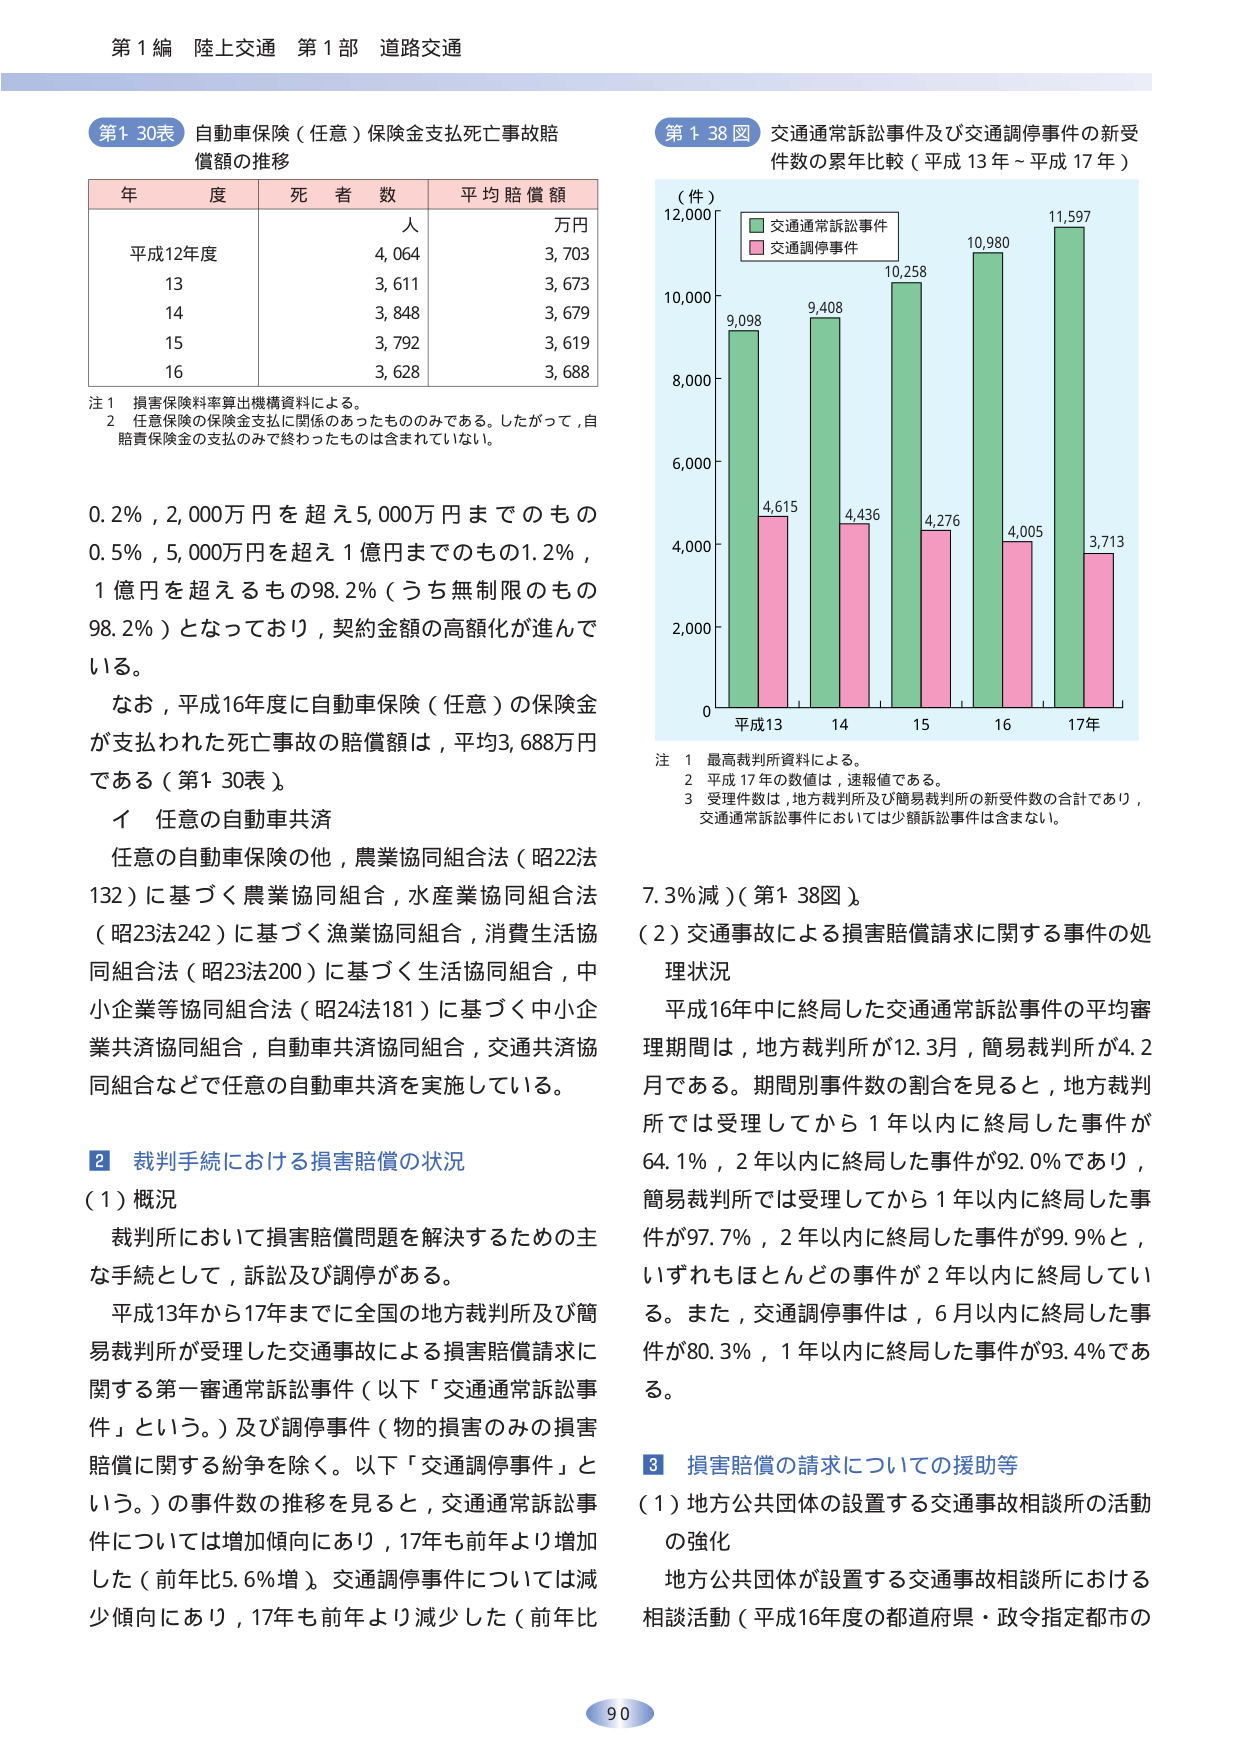
第１編 陸上交通 第１部 道路交通

第１３０表 自動車保険（任意）保険金支払死亡事故賠償額の推移

年 度 死 者 数 平均賠償額
　　　　　　　　　　　　　人 万円
平成12年度 4,064 3,703
13 3,611 3,673
14 3,848 3,679
15 3,792 3,619
16 3,628 3,688

注１ 損害保険料率算出機構資料による。
　２ 任意保険の保険金支払い関係のあったもののみである。したがって、自賠責保険金の支払いのみで終わったものは含まれていない。

0.2％，2,000万円を超え5,000万円までのもの
0.5％，5,000万円を超え1億円までのもの1.2％，
1億円を超えるもの98.2％（うち無制限のもの98.2％）となっており，契約金額の高額化が進んでいる。

なお，平成16年度に自動車保険（任意）の保険金が支払われた死亡事故の賠償額は，平均3,688万円である（第１３０表）。

イ 任意の自動車共済
任意の自動車保険の他，農業協同組合法（昭22法132）に基づく農業協同組合，水産業協同組合法（昭23法242）に基づく漁業協同組合，消費生活協同組合法（昭23法200）に基づく生活協同組合，中小企業等協同組合法（昭24法181）に基づく中小企業共済協同組合，自動車共済協同組合，交通共済協同組合などで任意の自動車共済を実施している。

２ 裁判手続における損害賠償の状況
（１）概況
裁判所において損害賠償問題を解決するための主な手続として，訴訟及び調停がある。

平成13年から17年までに全国の地方裁判所及び簡易裁判所が受理した交通事故による損害賠償請求に関する第一審通常訴訟事件（以下「交通通常訴訟事件」という。）及び調停事件（物的損害のみの損害賠償に関する紛争を除く。以下「交通調停事件」という。）の事件数の推移を見ると，交通通常訴訟事件については増加傾向にあり，17年も前年より増加した（前年比5.6％増）。交通調停事件については減少傾向にあり，17年も前年より減少した（前年比7.3％減）（第１３８図）。

（２）交通事故による損害賠償請求に関する事件の処理状況
平成16年中に終結した交通通常訴訟事件の平均審理期間は，地方裁判所が12.3月，簡易裁判所が4.2月である。期間別事件数の割合を見ると，地方裁判所では受理してから1年以内に終結した事件が64.1％，2年以内に終局した事件が92.0％であり，簡易裁判所では受理してから1年以内に終局した事件が97.7％，2年以内に終局した事件が99.9％と，いずれもほとんどの事件が2年以内に終局している。また，交通調停事件は，6月以内に終局した事件が80.3％，1年以内に終局した事件が93.4％である。

第１３８図 交通通常訴訟事件及び交通調停事件の新受件数の累年比較（平成13年～平成17年）

（件）
12,000
10,000
8,000
6,000
4,000
2,000
0

　　　　　　平成13　　14　　15　　16　　17年

　　　　　　9,098　　　9,408　　10,258　　10,980　　11,597
　　　　　　4,615　　　4,436　　4,276　　4,005　　3,713

　　　　■ 交通通常訴訟事件
　　　　■ 交通調停事件

注１ 最高裁判所資料による。
　２ 平成17年の数値は，速報値である。
　３ 受理件数は，地方裁判所及び簡易裁判所の新受件数の合計であり，交通通常訴訟事件においては少額訴訟事件は含まない。

３ 損害賠償の請求についての援助等
（１）地方公共団体の設置する交通事故相談所の活動の強化
地方公共団体が設置する交通事故相談所における相談活動（平成16年度の都道府県・政令指定都市の

90